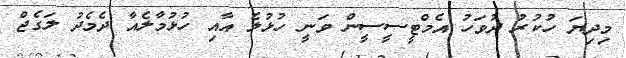
މިދިޔަ ހުކުރު ދުވަހު އެމްޓީސީސީން ވަނީ ހުޅުލެ އާއި ހުޅުމާލެއާ ދެމެދު ލަގެޖް